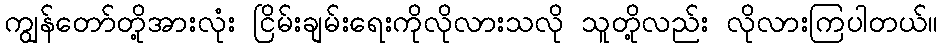
ကျွန်တော်တို့အားလုံး ငြိမ်းချမ်းရေးကိုလိုလားသလို သူတို့လည်း လိုလားကြပါတယ်။